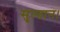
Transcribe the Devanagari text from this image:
सुल्तान।